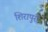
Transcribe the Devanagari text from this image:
शिरापुरी